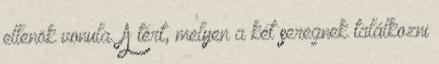
ellenök vonula. A tért, melyen a két seregnek találkozni